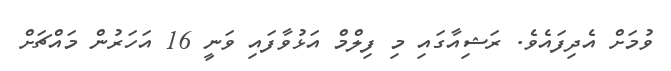
ވުމަށް އެދިފައެވެ. ރަޝިއާގައި މި ފިލްމް އަޅުވާފައި ވަނީ 16 އަހަރުން މައްޗަށް